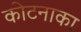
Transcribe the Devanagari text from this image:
कोटनाका